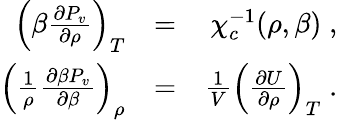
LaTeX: \begin{array}{rlr}{\left(\beta\frac{\partial P_{v}}{\partial\rho}\right)_{T}}&{=}&{\chi_{c}^{-1}(\rho,\beta)\; ,}\\ {\left(\frac{1}{\rho}\frac{\partial\beta P_{v}}{\partial\beta}\right)_{\rho}}&{=}&{\frac{1}{V}\left(\frac{\partial U}{\partial\rho}\right)_{T}\; .}\end{array}